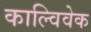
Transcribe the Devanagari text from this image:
काल्विवेक